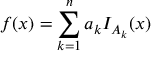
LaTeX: f ( x ) = \sum _ { k = 1 } ^ { n } a _ { k } I _ { A _ { k } } ( x )